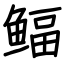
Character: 鲾